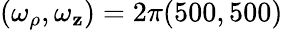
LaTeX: (\omega_{\rho},\omega_{\mathbf{z}})=2\pi(500,500)